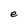
Character: e